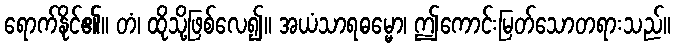
ရောက်နိုင်၏။ တံ၊ ထိုသို့ဖြစ်လေ၍။ အယံသာရဓမ္မော၊ ဤကောင်းမြတ်သောတရားသည်။